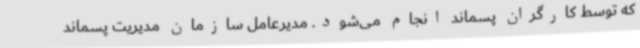
که توسط کارگران پسماند انجام می‌شود. مدیرعامل سازمان مدیریت پسماند